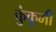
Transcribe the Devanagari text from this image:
कुंकुमी